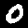
Label: 0